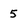
Character: 5